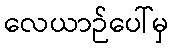
လေယာဉ်ပေါ်မှ